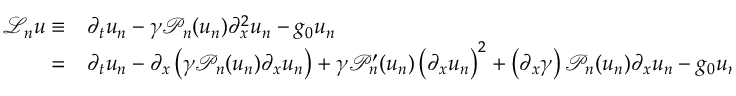
\begin{array} { r l } { \mathcal { L } _ { n } u \equiv } & { { } \partial _ { t } u _ { n } - \gamma \mathcal { P } _ { n } ( u _ { n } ) \partial _ { x } ^ { 2 } u _ { n } - g _ { 0 } u _ { n } } \\ { = } & { { } \partial _ { t } u _ { n } - \partial _ { x } \left( \gamma \mathcal { P } _ { n } ( u _ { n } ) \partial _ { x } u _ { n } \right) + \gamma \mathcal { P } _ { n } ^ { \prime } ( u _ { n } ) \left( \partial _ { x } u _ { n } \right) ^ { 2 } + \left( \partial _ { x } \gamma \right) \mathcal { P } _ { n } ( u _ { n } ) \partial _ { x } u _ { n } - g _ { 0 } u _ { n } } \end{array}